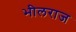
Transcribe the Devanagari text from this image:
भीलराज